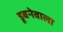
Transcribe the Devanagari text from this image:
डूबनेवाला